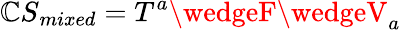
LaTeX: {\mathbb{C}S}_{mixed}=T^{a}\wedgeF\wedgeV_{a}